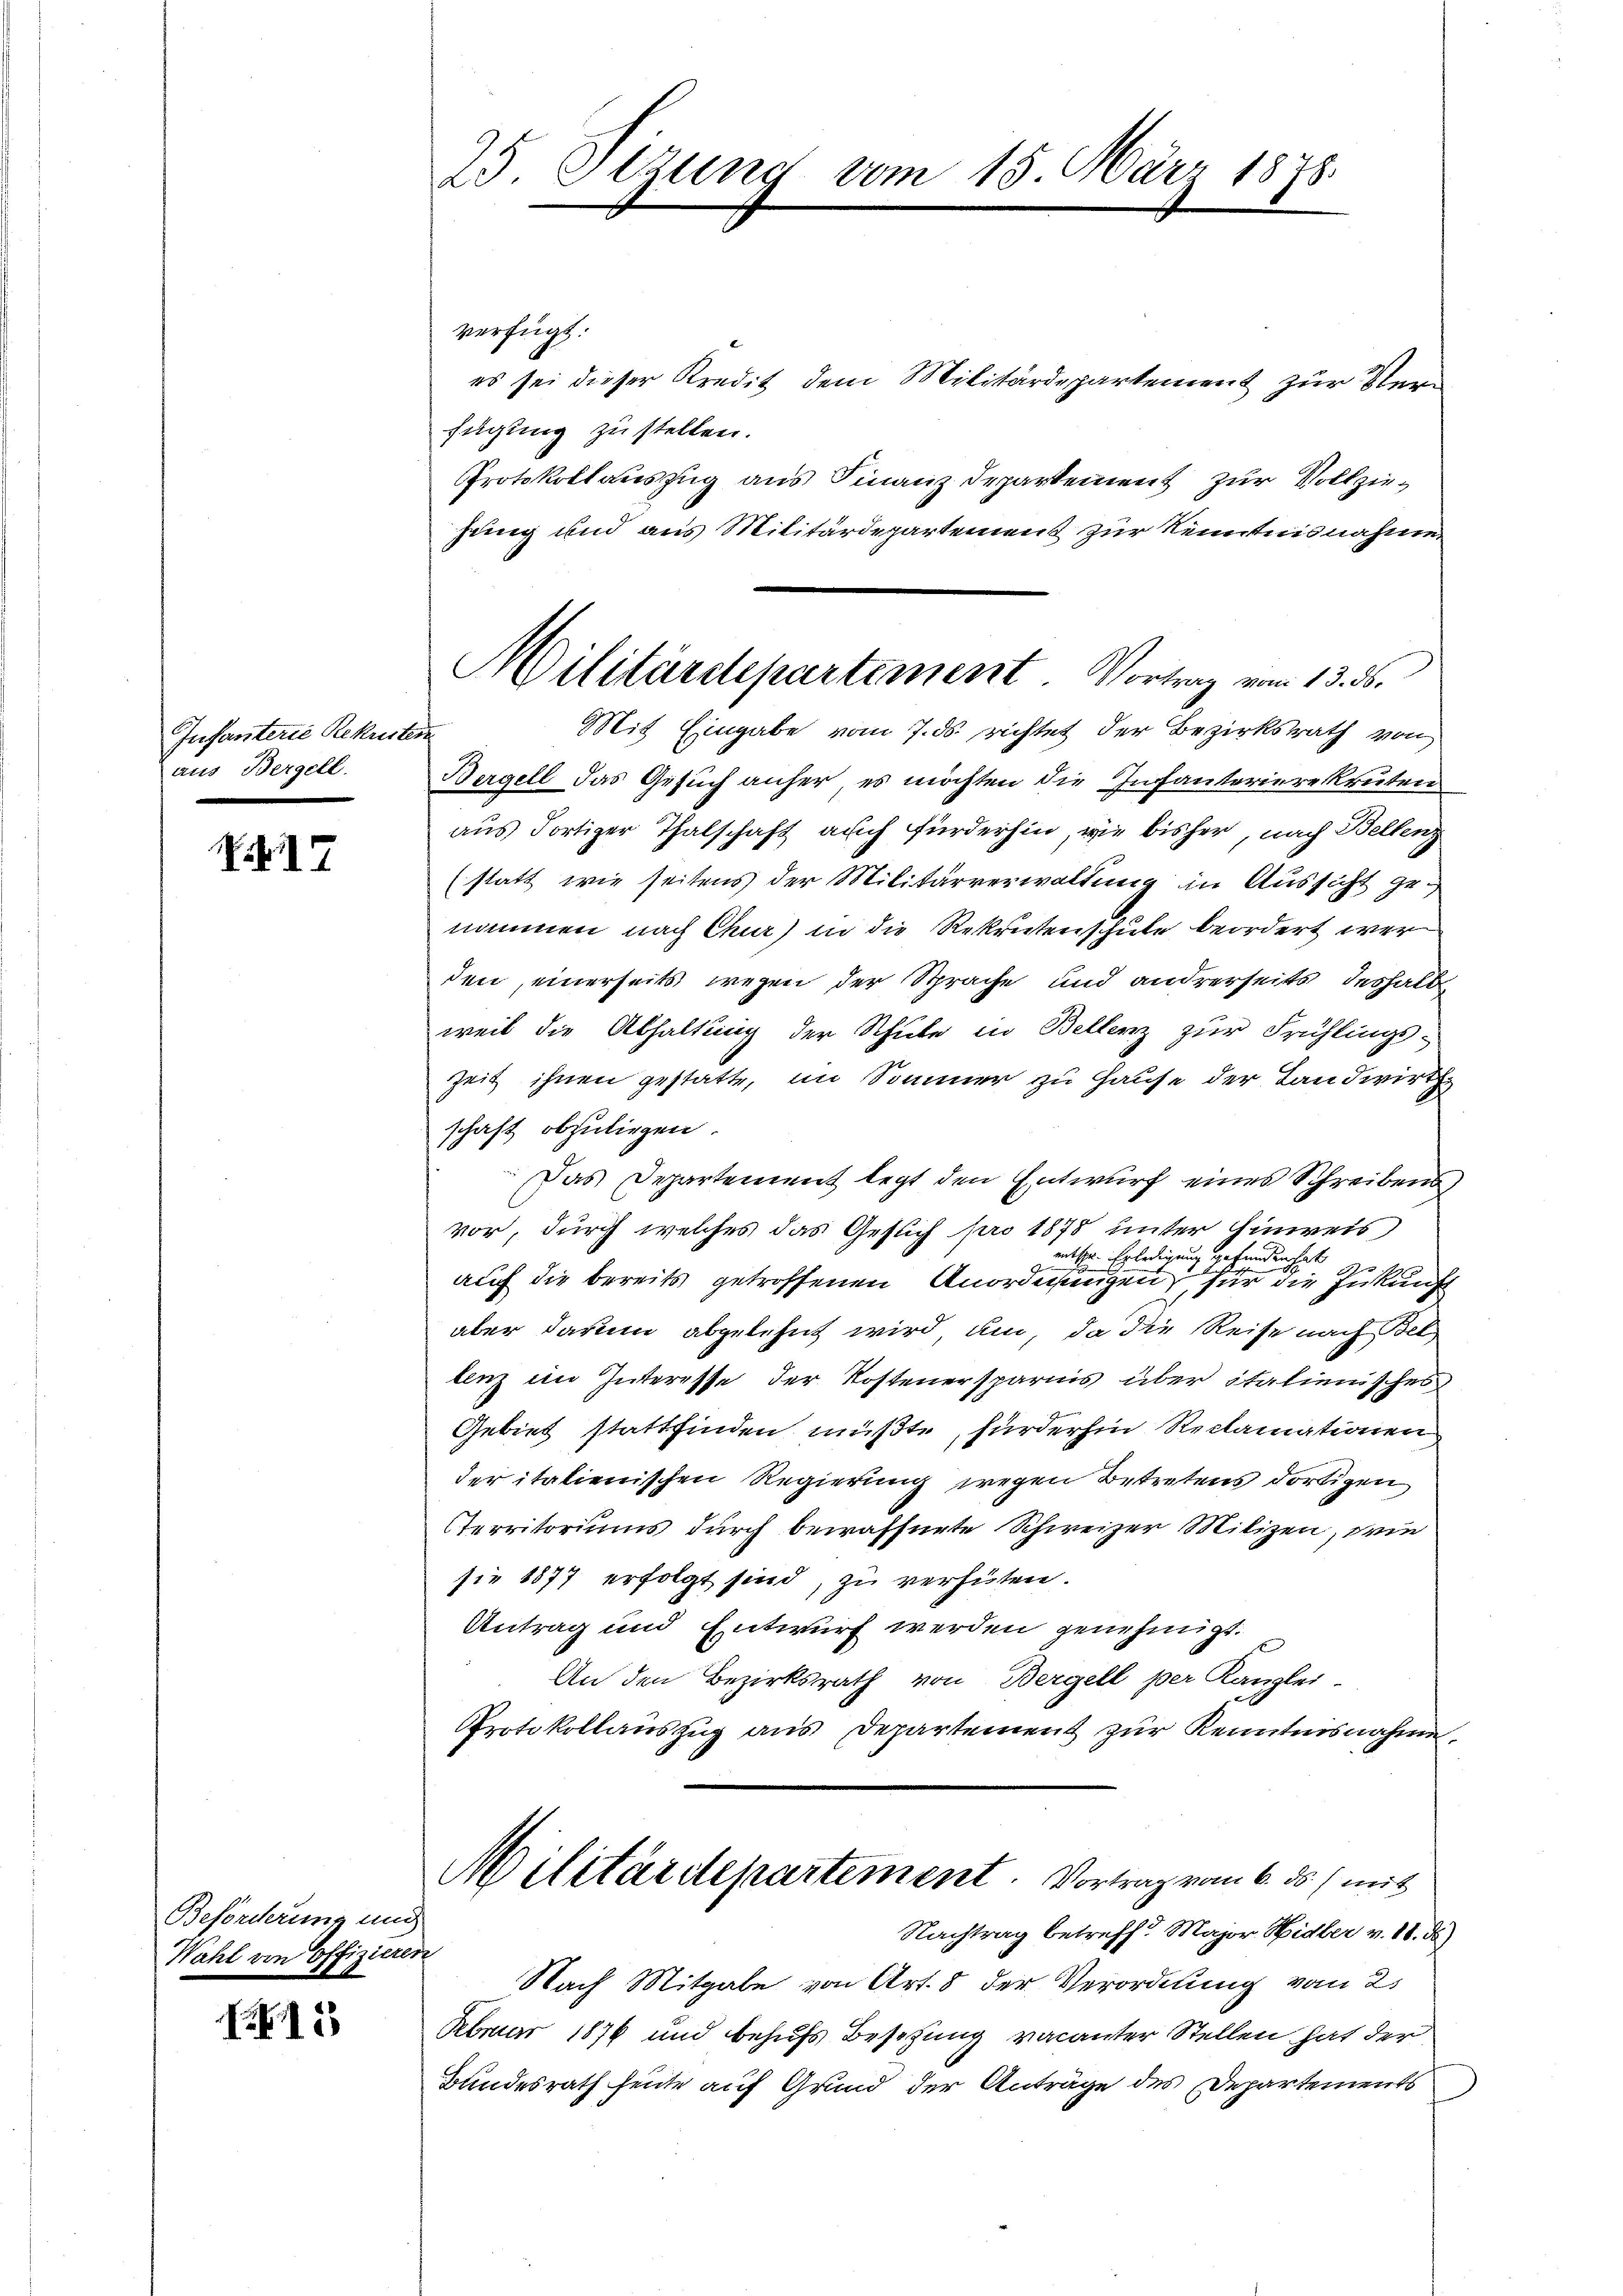
Infanterie Rekuster
aus Bergell.

Nr. 17

Beförderung um
Wahl von Offizieren

N. N. 15

25 Stzung vom 15. März 1878

verfügt:
es sei dieser Kredit dem Militärdepartement zur Verfügung zu stellen.
Protokollauszug aus Finanz-Departement zur Vollziejung und aus Militärdepartement zur Kenntnisnahme.
Bergell das Gesuch anher es möchten die Infanterierekruten
aus dortiger Thalschaft auch fürderhin, wie bisher, nach Bellenz
(statt wie seitens der Militärverwaltung in Aussicht genommen nach Chur) in die Rekrutenschule beordert wer
den, einerseits wegen der Sprache und andrerseits deshalb
weil die Abhaltung der Schule in Bellenz zur Frühlings-
Zeit ihnen gestatte, im Sommer zu Hause der Landwirth
schaft abzuliegen.
Das Departement legt den Entwurf eines Schreibens,
vor, durch welches das Gesuch pro 1878 unter Hinweis
entschen Erledigung gefunden hat
auf die bereits getroffenen Anordnungen für die Zukunft
aber darum abgelehnt wird, um da die Reise nach Bel
lenz im Interesse der Kostenersparnis über italienisches
Gebiet stattfinden müßte, fürderhin Reclamationen
der italienischen Regierung wegen Betretens dortigen
territoriums durch bewaffnete Schweizer Milizei, wie
sie 1877 erfolgt sind, zu verhüten.
Antrag und Entwurf werden genehmigt.
An den Bezirksrath von Bergell per Kanzlei-
Protokollauszug aus Departement zur Kenntnisnahme,
Militärdepartement. Vortrag vom 6. ds. mit
¬
Nachtrag betreff. Major Hidber v. 18. ds
Nach Mitgabe von Art. 8 der Verordnung vom 25
Februar 1876 und behufs Besetzung vacanter Stellen hat der
Bundesrath heute auf Grund der Anträge des Departements

Militärdepartement. Vortrag vom 13. ds.
Mit Eingabe vom 7. ds. richtet der Bezirksrath von